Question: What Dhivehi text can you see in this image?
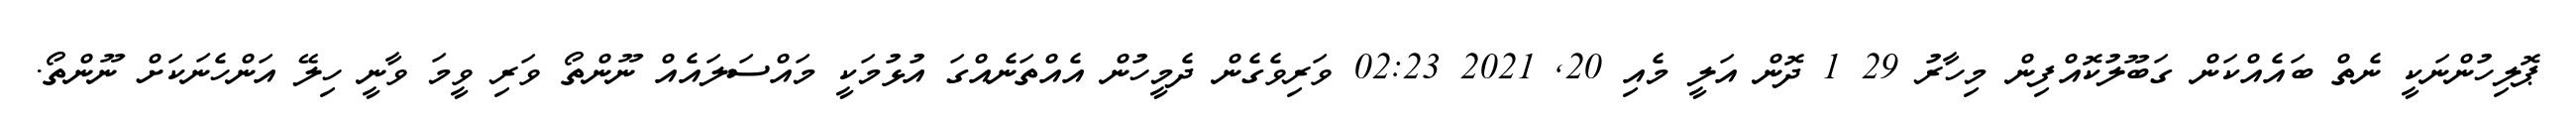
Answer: ޕޮލިހުންނަކީ ނެތް ބައެއްކަން ގަބޫލުކޮއްފިން މިހާރު 29 1 ދޮން އަލީ މެއި 20, 2021 02:23 ވަރިވެގެން ދެމީހުން އެއްތަނެއްގަ އުޅުމަކީ މައްސަލައެއް ނޫންތޯ ވަރި ވީމަ ވާނީ ހިލޭ އަންހެނަކަށް ނޫންތޯ.